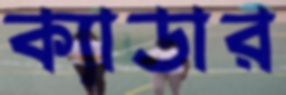
ক্যাডার